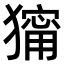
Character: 𤢆